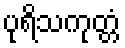
ပုရိသကုတ္တံ